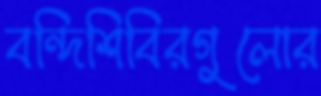
বন্দিশিবিরগুলোর